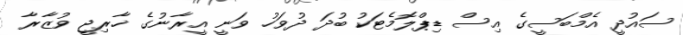
ސައުދީ އެމްބަސީގެ އިސް ޑިޕްލޮމެޓަކު ބުދަ ދުވަހު ވަނީ އީރާނުގެ ޚާރިޖީ ވުޒާރާ